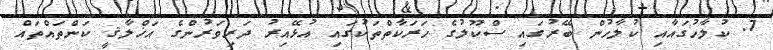
7. ކުލާހުގައާއި ކުލާހުން ބޭރުގައި ސްކޫލުގެ ހަރަކާތްތަކުގައި އުޅޭއިރު ދަރިވަރުންގެ އަޚްލާޤީ ކަންތައްތައް